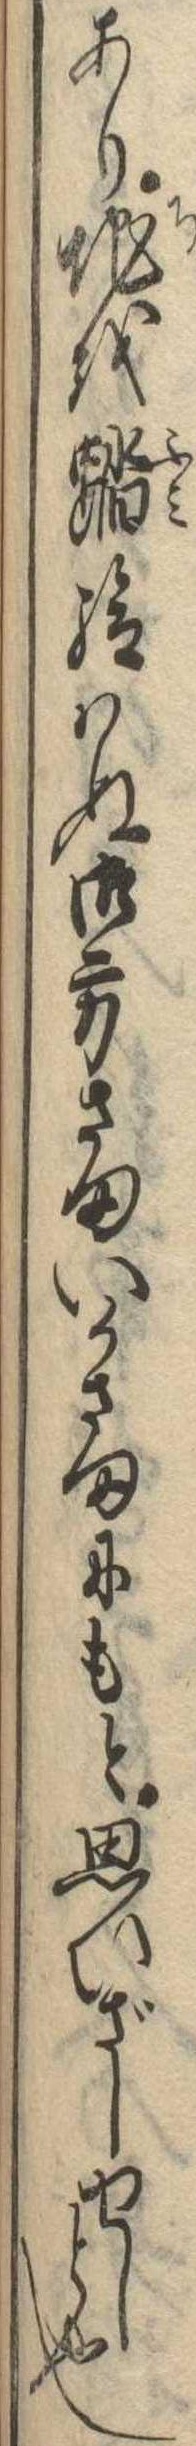
あり地を踏給はぬ御方さまいかさまにもと思ひざしせしと也